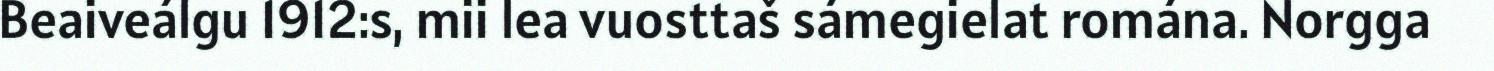
Beaiveálgu 1912:s, mii lea vuosttaš sámegielat romána. Norgga